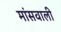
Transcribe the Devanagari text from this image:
मांसवाली